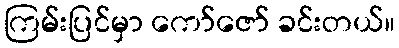
ကြမ်းပြင်မှာ ကော်ဇော် ခင်းတယ်။